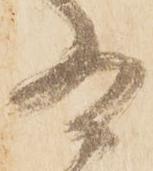
為